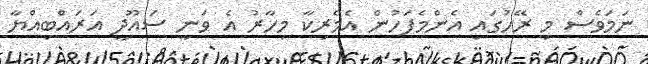
ނަމަވެސް މި ރޭހުގައި އެންމެފަހުން އެމެރިކާ މިހާރު އެ ވަނީ ސައޫދީ އަރައްބިއްޔާ